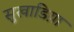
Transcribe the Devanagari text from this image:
सुखाडिय़ा